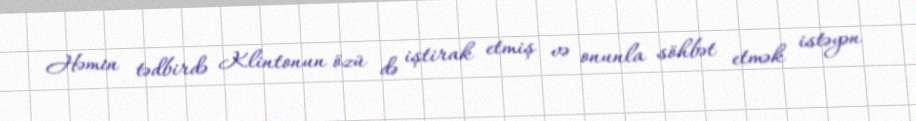
Həmin tədbirdə Klintonun özü də iştirak etmiş və onunla söhbət etmək istəyən